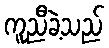
ကူညီခဲ့သည်